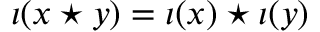
\iota ( x \star y ) = \iota ( x ) \star \iota ( y )